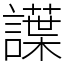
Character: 䜓